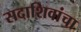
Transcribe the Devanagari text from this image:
सदाशिवांचा